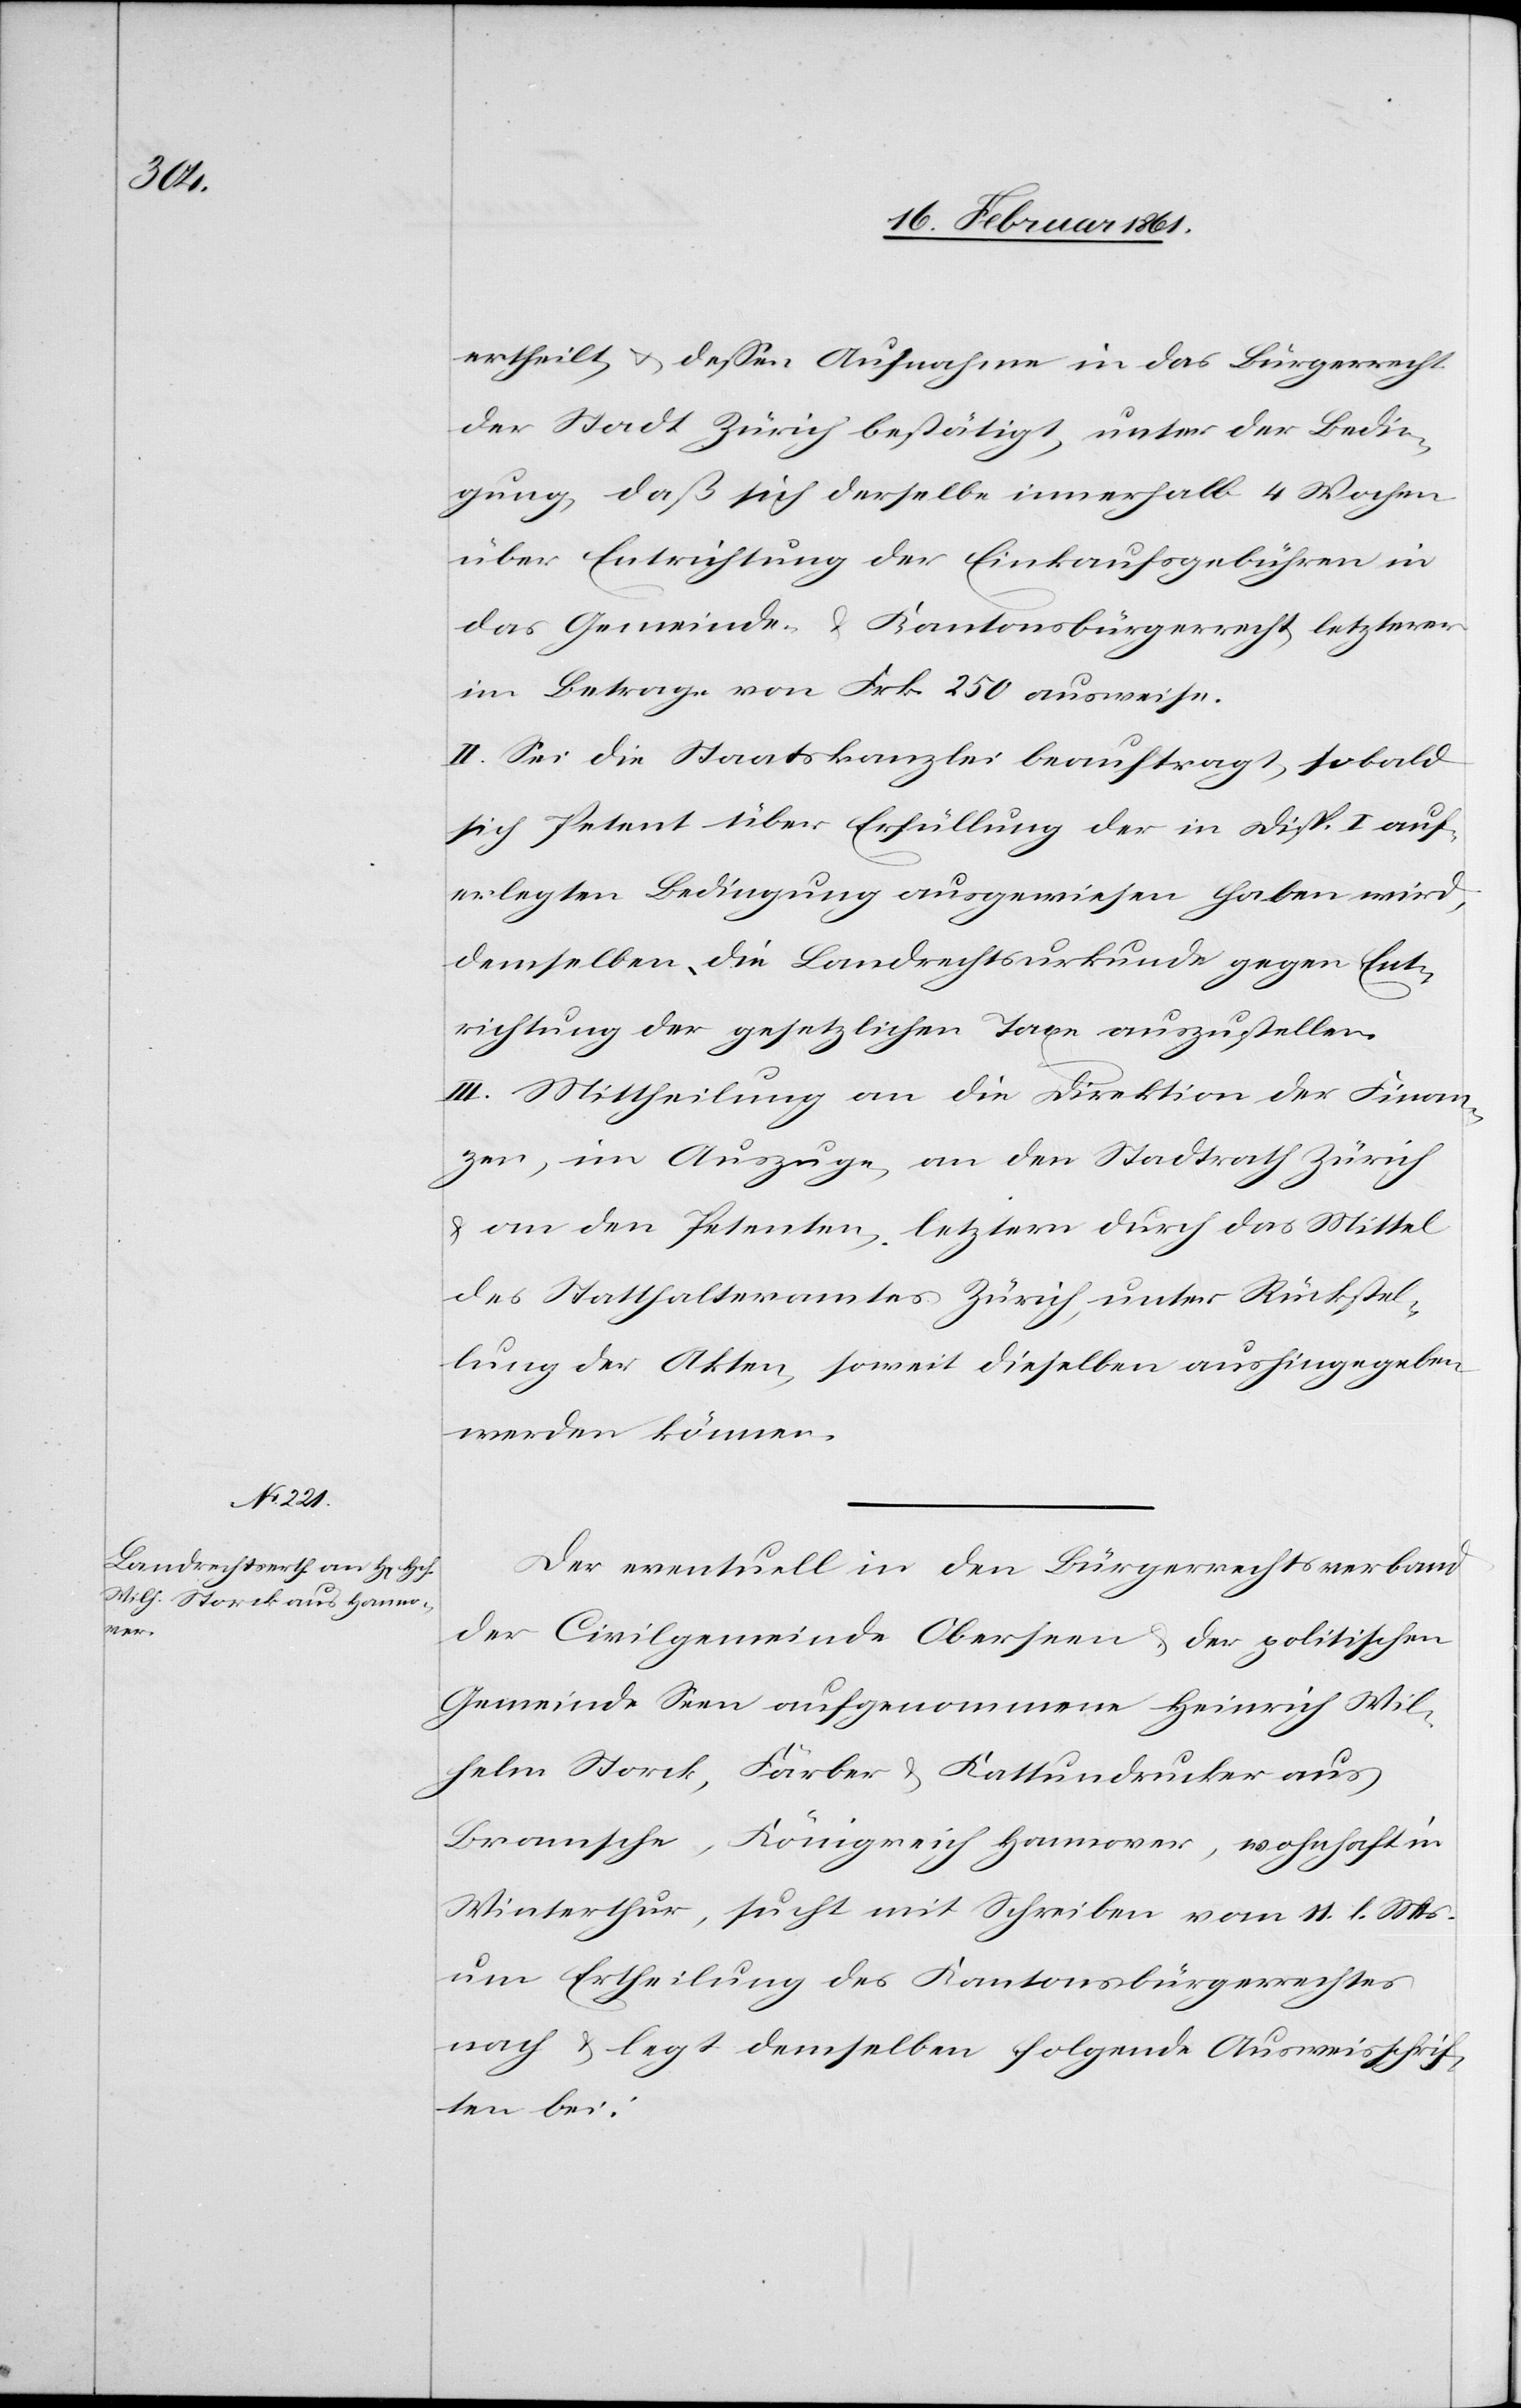
ertheilt, u. dessen Aufnahme in das Bürgerrecht
der Stadt Zürich bestätigt, unter der Bedin¬
gung, daß sich derselbe innerhalb 4 Wochen
über Entrichtung der Einkaufsgebühren in
das Gemeinde- u. Kantonsbürgerrecht letzterer
im Betrage von Frk. 250 ausweise.
II. Sei die Staatskanzlei beauftragt, sobald
sich Petent über Erfüllung der in Disp. I auf¬
erlegten Bedingung ausgewiesen haben wird,
demselben die Landrechtsurkunde gegen Ent¬
richtung der gesetzlichen Taxe auszustellen.
III. Mittheilung an die Direktion der Finan¬
zen, im Auszuge, an den Stadtrath Zürich
u. an den Petenten, letztern durch das Mittel
des Statthalteramtes Zürich, unter Rückstel¬
lung der Akten, soweit dieselben aushingegeben
werden können.
Der eventuelle in den Bürgerrechtsverband
der Civilgemeinde Oberseen u. der politischen
Gemeinde Seen aufgenommene Heinrich Wil¬
helm Storck, Färber u. Kattundrucker aus
Bramsche, Königreich Hannover, wohnhaft in
Winterthur, sucht mit Schreiben vom 11. l. Mts.
um Ertheilung des Kantonsbürgerrechtes
nach u. legt demselben folgende Ausweisschrif¬
ten bei: